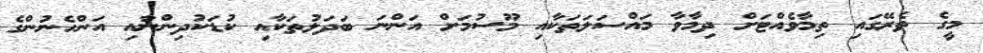
މީގެ ތެރޭގައި ތިމާވެއްޓަށް ދިމާވާ މައްސަލަތަކާއި މޫސުމަށް އަންނަ ބަދަލުތަކާއި ކުޑަކުދިންނާއި އަންހެނުންގެ